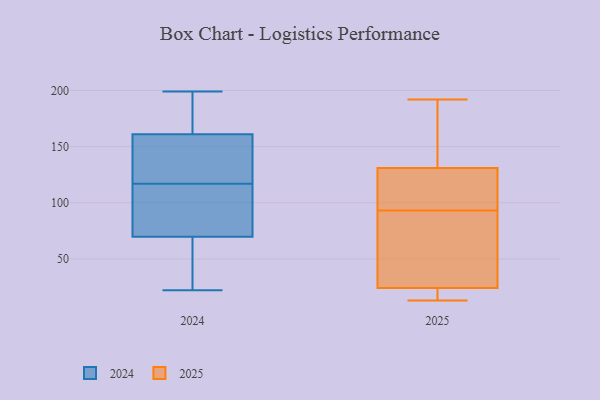
{"axis": {"x": "Backlog", "y": "Value"}, "legend": ["2024", "2025"], "data": [{"x": "", "y": 109, "type": "2025"}, {"x": "", "y": 183, "type": "2025"}, {"x": "", "y": 14, "type": "2025"}, {"x": "", "y": 28, "type": "2025"}, {"x": "", "y": 130, "type": "2025"}, {"x": "", "y": 132, "type": "2025"}, {"x": "", "y": 14, "type": "2025"}, {"x": "", "y": 90, "type": "2025"}, {"x": "", "y": 128, "type": "2025"}, {"x": "", "y": 101, "type": "2025"}, {"x": "", "y": 156, "type": "2025"}, {"x": "", "y": 18, "type": "2025"}, {"x": "", "y": 20, "type": "2025"}, {"x": "", "y": 82, "type": "2025"}, {"x": "", "y": 139, "type": "2025"}, {"x": "", "y": 32, "type": "2025"}, {"x": "", "y": 51, "type": "2025"}, {"x": "", "y": 96, "type": "2025"}, {"x": "", "y": 192, "type": "2025"}, {"x": "", "y": 13, "type": "2025"}, {"x": "", "y": 160, "type": "2024"}, {"x": "", "y": 22, "type": "2024"}, {"x": "", "y": 84, "type": "2024"}, {"x": "", "y": 53, "type": "2024"}, {"x": "", "y": 164, "type": "2024"}, {"x": "", "y": 69, "type": "2024"}, {"x": "", "y": 104, "type": "2024"}, {"x": "", "y": 70, "type": "2024"}, {"x": "", "y": 199, "type": "2024"}, {"x": "", "y": 69, "type": "2024"}, {"x": "", "y": 122, "type": "2024"}, {"x": "", "y": 117, "type": "2024"}, {"x": "", "y": 184, "type": "2024"}, {"x": "", "y": 197, "type": "2024"}, {"x": "", "y": 126, "type": "2024"}, {"x": "", "y": 146, "type": "2024"}, {"x": "", "y": 98, "type": "2024"}]}